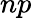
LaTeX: np